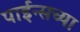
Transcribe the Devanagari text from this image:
पाईन्सच्या